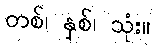
တစ်၊ နှစ်၊ သုံး။